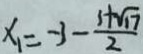
x _ { 1 } = - 3 - \frac { 3 + \sqrt { 1 7 } } { 2 }